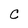
Character: C